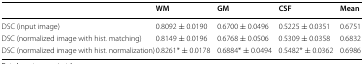
|  | WM | GM | CSF | Mean |
 | --- | --- | --- | --- | --- |
 | DSC (input image) | 0.8092 ± 0.0190 | 0.6700 ± 0.0496 | 0.5225 ± 0.0351 | 0.6751 |
 | DSC (normalized image with hist. matching) | 0.8149 ± 0.0196 | 0.6768 ± 0.0506 | 0.5309 ± 0.0358 | 0.6832 |
 | DSC (normalized image with hist. normalization) | 0.8261* ± 0.0178 | 0.6884* ± 0.0494 | 0.5482* ± 0.0362 | 0.6986 |